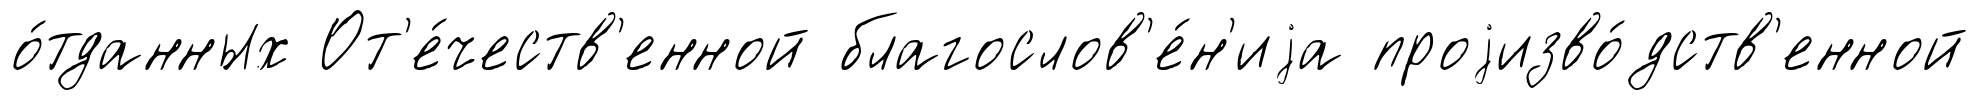
о́тданных От'е́честв'енной благослов'е́н'иjа проjизво́дств'енной